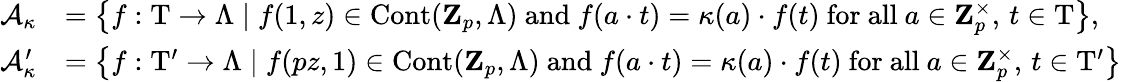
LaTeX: \begin{array}{rl}{\mathcal{A}_{\kappa}}&{=\left\{ f:\mathrm{T}\rightarrow\Lambda\; \vert\; f(1,z)\in\mathrm{Cont}(\mathbf{Z}_{p},\Lambda)\mathrm{~and~}f(a\cdot t)=\kappa(a)\cdot f(t)\mathrm{~for~all~}a\in\mathbf{Z}_{p}^{\times},\, t\in\mathrm{T}\right\} ,}\\ {\mathcal{A}_{\kappa}^{\prime}}&{=\left\{ f:\mathrm{T}^{\prime}\rightarrow\Lambda\; \vert\; f(pz,1)\in\mathrm{Cont}(\mathbf{Z}_{p},\Lambda)\mathrm{~and~}f(a\cdot t)=\kappa(a)\cdot f(t)\mathrm{~for~all~}a\in\mathbf{Z}_{p}^{\times},\, t\in\mathrm{T}^{\prime}\right\} }\end{array}